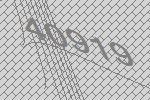
40919